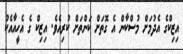
އިޒިކްގެ އެދުމަށް މުސްކާން އެ ގޮތަށް ކަންތަށް ކުރިއެވެ. އިޒިކް ގެ އެހީއާއެކު